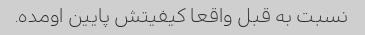
نسبت به قبل واقعا کیفیتش پایین اومده.